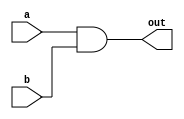
`timescale 1ns / 1ps
//////////////////////////////////////////////////////////////////////////////////
// Company: 
// Engineer: 
// 
// Design Name: 
// Module Name:    basic_and 
// Project Name: 
// Target Devices: 
// Tool versions: 
// Description: 
//
// Dependencies: 
//
// Revision: 
// Revision 0.01 - File Created
// Additional Comments: 
//
//////////////////////////////////////////////////////////////////////////////////
module basic_and #(parameter WIDTH = 1)(
    input [WIDTH-1:0] a,
    input [WIDTH-1:0] b,
    output [WIDTH-1:0] out
  );
   
  assign out = a & b;
   
endmodule